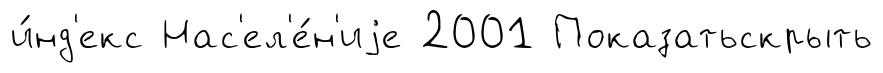
и́нд'екс Нас'ел'е́н'иjе 2001 Показатьскрыть